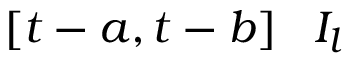
[ t - a , t - b ] \subseteqq I _ { l }